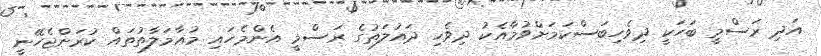
އަދި ރަސްމީ ބަހަކީ ދިވެހިބަސްކަމަށްވުމާއެކު ދިވެހި ދައުލަތުގެ ރަސްމީ އެންމެހައި މުޢާމަލާތުތައް ކުރަންޖެހޭނީ